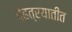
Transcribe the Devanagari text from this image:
देहत्रयातीत